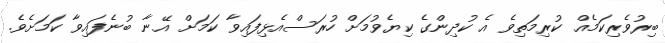
ބިރުވެރިކަމެއް ކުރިމަތިވެ އެ ކުދިންގެ ކިޔެވުމަށް ހުރަސްއެޅިފައިވާ ކަމަށް އޭނާ ބުނެފައިވާ ކަމަށެވެ.